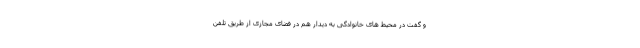
و گفت در محیط های خانوادگی به دیدار هم در فضای مجازی از طریق تلفن